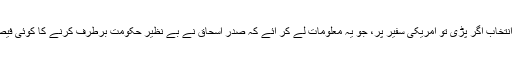
ان کی نظر انتخاب اگر پڑی تو امریکی سفیر پر، جو یہ معلومات لے کر آئے کہ صدر اسحاق نے بے نظیر حکومت برطرف کرنے کا کوئی فیصلہ نہیں کیا۔